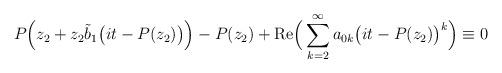
LaTeX: \begin{align*}P\Big(z_2+z_2\tilde b_1\big(it-P(z_2)\big)\Big)-P(z_2)+ \mathrm{Re}\Big(\sum_{k=2}^\infty a_{0k}\big(it-P(z_2)\big)^k \Big)\equiv 0\end{align*}